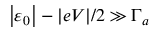
\left\vert \varepsilon _ { 0 } \right\vert - \vert e V \vert / 2 \gg \Gamma _ { a }